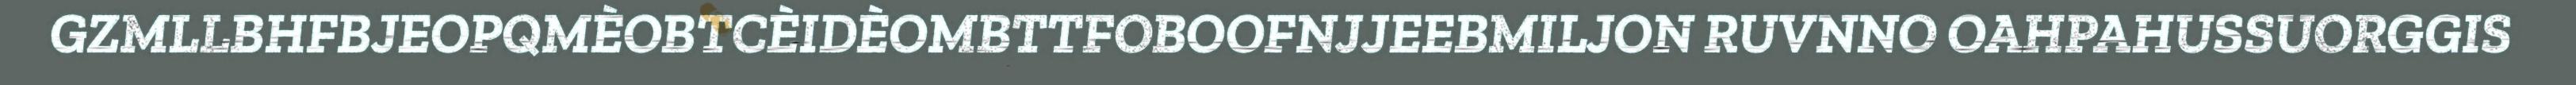
GZMLLBHFBJEOPQMÈOBTCÈIDÈOMBTTFOBOOFNJJEEBMILJON RUVNNO OAHPAHUSSUORGGIS